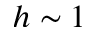
h \sim 1